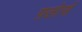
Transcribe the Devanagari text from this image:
फ़्लोर्स